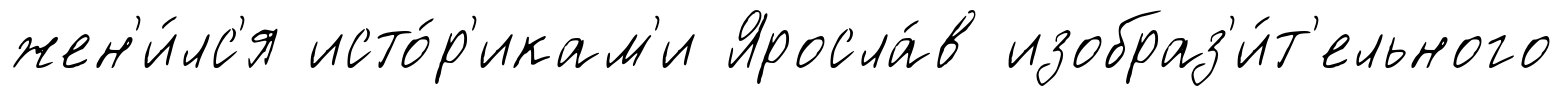
жен'и́лс'я исто́р'икам'и Яросла́в изобраз'и́т'ельного